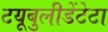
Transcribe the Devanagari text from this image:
टयूबुलीडेंटेटा